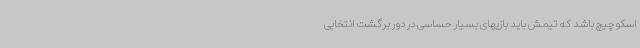
اسکوچیچ باشد که تیمش باید بازیهای بسیار حساسی در دور برگشت انتخابی